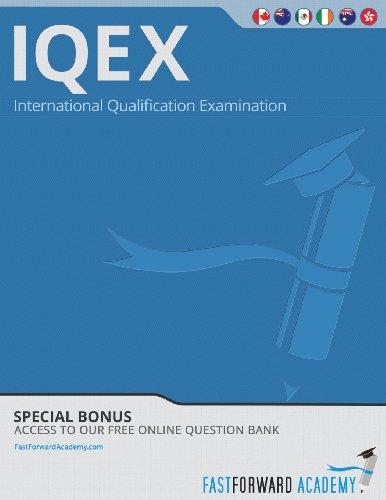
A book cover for International Qualification Exam Course, Iqex 2013-2014; Business & Money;